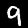
Digit: 9